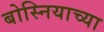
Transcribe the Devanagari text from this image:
बोस्नियाच्या